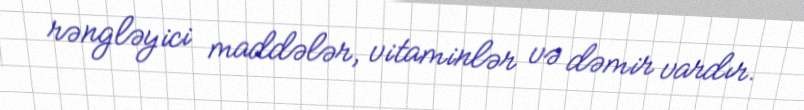
rəngləyici maddələr, vitaminlər və dəmir vardır.